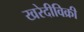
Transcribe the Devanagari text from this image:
खरेदीविक्री